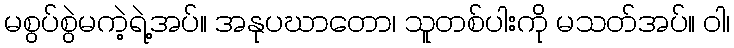
မစွပ်စွဲမကဲ့ရဲ့အပ်။ အနုပဃာတော၊ သူတစ်ပါးကို မသတ်အပ်။ ဝါ၊